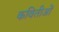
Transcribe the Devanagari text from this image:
कवितीओं